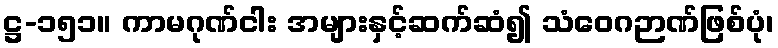
ဋ္ဌ-၁၅၁။ ကာမဂုဏ်ငါး အများနှင့်ဆက်ဆံ၍ သံဝေဂဉာဏ်ဖြစ်ပုံ၊